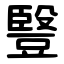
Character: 䝂